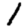
Digit: 1